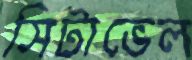
সিটাভেল